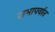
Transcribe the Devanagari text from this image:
सभापर्वात